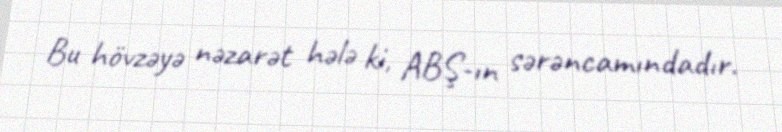
Bu hövzəyə nəzarət hələ ki, ABŞ-ın sərəncamındadır.